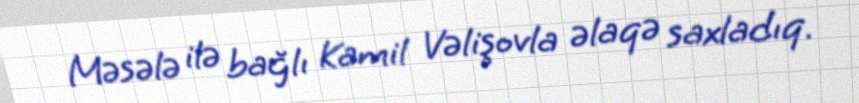
Məsələ ilə bağlı Kamil Vəlişovla əlaqə saxladıq.